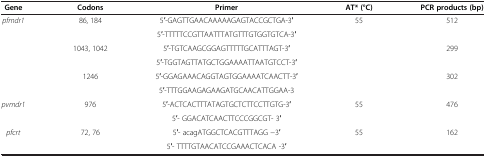
<table><thead><tr><td><b>Gene</b></td><td><b>Codons</b></td><td><b>Primer</b></td><td><b>AT* (°C)</b></td><td><b>PCR products (bp)</b></td></tr></thead><tbody><tr><td rowspan="6"><i>pfmdr1</i></td><td rowspan="2">86, 184</td><td>5′-GAGTTGAACAAAAAGAGTACCGCTGA-3′</td><td rowspan="6">55</td><td rowspan="2">512</td></tr><tr><td>5′-TTTTTCCGTTAATTTATGTTTGTGGTGTCA-3′</td></tr><tr><td rowspan="2">1043, 1042</td><td>5′-TGTCAAGCGGAGTTTTTGCATTTAGT-3′</td><td rowspan="2">299</td></tr><tr><td>5′-TGGTAGTTATGCTGGAAAATTAATGTCCT-3′</td></tr><tr><td rowspan="2">1246</td><td>5′-GGAGAAACAGGTAGTGGAAAATCAACTT-3′</td><td rowspan="2">302</td></tr><tr><td>5′-TTTGGAAGAGAAGATGCAACATTGGAA-3</td></tr><tr><td rowspan="2"><i>pvmdr1</i></td><td rowspan="2">976</td><td>5′-ACTCACTTTATAGTGCTCTTCCTTGTG-3′</td><td rowspan="2">55</td><td rowspan="2">476</td></tr><tr><td>5′- GGACATCAACTTCCCGGCGT- 3′</td></tr><tr><td><i>pfcrt</i></td><td>72, 76</td><td>5′- acagATGGCTCACGTTTAGG -3′</td><td>55</td><td>162</td></tr><tr><td> </td><td> </td><td>5′- TTTTGTAACATCCGAAACTCACA -3′</td><td> </td><td> </td></tr></tbody></table>